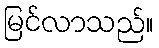
မြင်လာသည်။